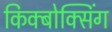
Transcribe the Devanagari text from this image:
किक्बोक्सिंग